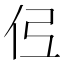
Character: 𫢏